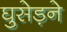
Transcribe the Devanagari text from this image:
घुसेड़ने